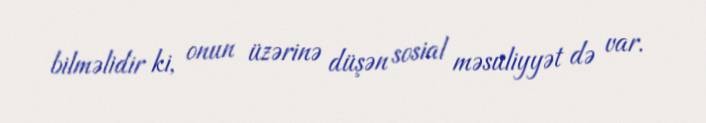
bilməlidir ki, onun üzərinə düşən sosial məsuliyyət də var.